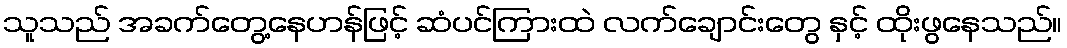
သူသည် အခက်တွေ့နေဟန်ဖြင့် ဆံပင်ကြားထဲ လက်ချောင်းတွေ နှင့် ထိုးဖွနေသည်။